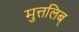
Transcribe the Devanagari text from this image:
मुत्तलिब्